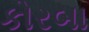
કોરબા